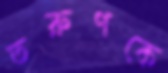
তরুণকে